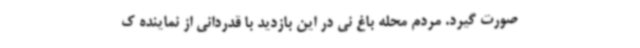
صورت گیرد. مردم محله باغ نی در این بازدید با قدردانی از نماینده ک